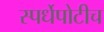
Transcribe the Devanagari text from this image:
स्पर्धेपोटीच